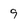
Character: 9